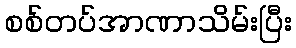
စစ်တပ်အာဏာသိမ်းပြီး